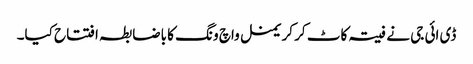
ڈی ائی جی نے فیتہ کاٹ کر کریمنل واچ ونگ کا باضابطہ افتتاح کیا۔